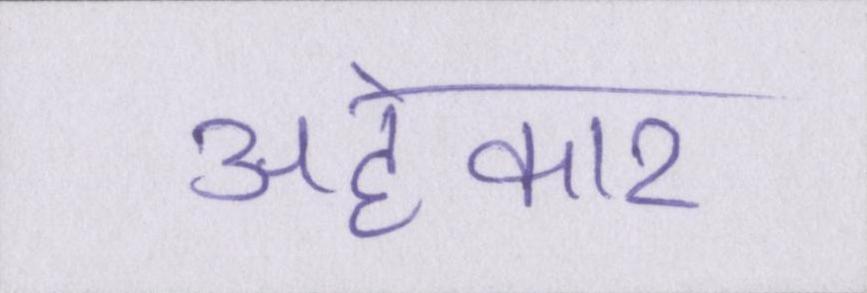
अहंकार